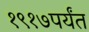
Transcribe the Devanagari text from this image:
१९१७पर्यंत